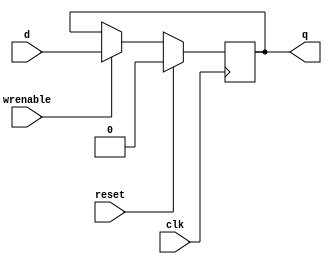
// Single-bit D Flip-Flop with enable
//   Positive edge triggered
module register
(
output reg	q,
input		d,
input		wrenable,
input		clk,
input reset
);
    initial begin
      q = 0; //maybe really bad
    end
    always @(posedge clk) begin
        if(reset) begin
          q <= 0;
        end
        else if(wrenable) begin
            q <= d;
        end
    end

endmodule

module register32
(
output reg [31:0] q,
input [31:0] d,
input wrenable,
input clk,
input reset
);
initial q = 0;

generate
genvar i;
for (i = 0; i<32; i = i + 1)
begin
  always @(posedge clk)
  begin
      if(reset) begin
        q <= 0;
      end
      else if(wrenable)
      begin
          q[i] <= d[i];
      end
  end
end
endgenerate
endmodule

module var_register
#(parameter width = 32)
(
output reg [width-1:0] q,
input [width-1:0] d,
input wrenable,
input clk,
input reset
);
initial q = 0;

generate
genvar i;
for (i = 0; i<width; i = i + 1)
begin
  always @(posedge clk)
  begin
      if(reset) begin
        q <= 0;
      end
      else if(wrenable)
      begin
          q[i] <= d[i];
      end
  end
end
endgenerate
endmodule

module register32zero
(
output reg [31:0] q,
input [31:0] d,
input wrenable,
input clk
);
initial q = 0;
generate
genvar i;
for (i = 0; i<32; i = i + 1)
begin
  always @(posedge clk)
  begin
      if(wrenable)
      begin
          q[i] <= 0;
      end
  end
end
endgenerate
endmodule